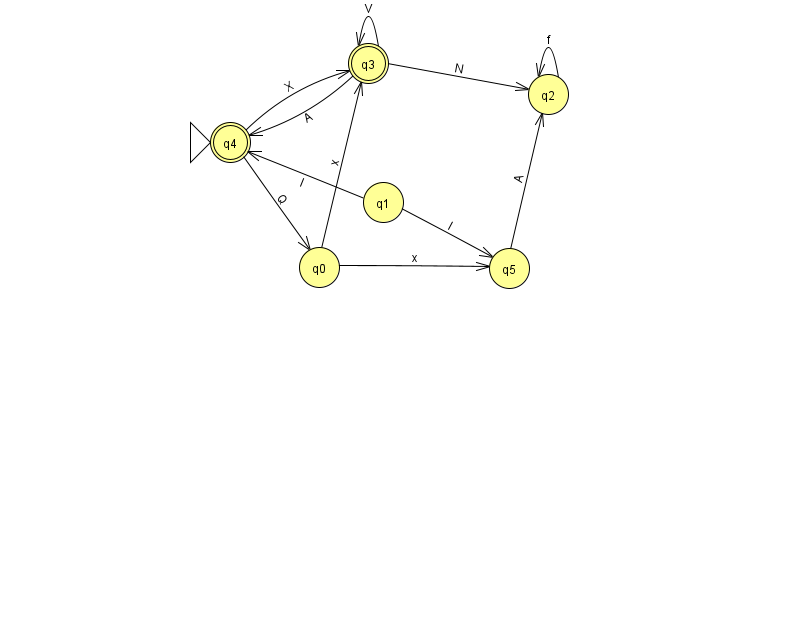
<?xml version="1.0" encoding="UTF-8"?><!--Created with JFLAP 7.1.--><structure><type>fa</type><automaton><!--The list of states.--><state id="0" name="q0"><x>319.0</x><y>254.0</y></state><state id="1" name="q1"><x>383.0</x><y>189.0</y></state><state id="2" name="q2"><x>548.0</x><y>81.0</y></state><state id="3" name="q3"><x>368.0</x><y>50.0</y><final/></state><state id="4" name="q4"><x>230.0</x><y>129.0</y><initial/><final/></state><state id="5" name="q5"><x>509.0</x><y>255.0</y></state><!--The list of transitions.--><transition><from>0</from><to>5</to><read>x</read></transition><transition><from>3</from><to>4</to><read>A</read></transition><transition><from>2</from><to>2</to><read>f</read></transition><transition><from>3</from><to>3</to><read>V</read></transition><transition><from>1</from><to>4</to><read>I</read></transition><transition><from>4</from><to>0</to><read>Q</read></transition><transition><from>4</from><to>3</to><read>X</read></transition><transition><from>1</from><to>5</to><read>l</read></transition><transition><from>3</from><to>2</to><read>N</read></transition><transition><from>5</from><to>2</to><read>A</read></transition><transition><from>0</from><to>3</to><read>x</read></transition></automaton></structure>